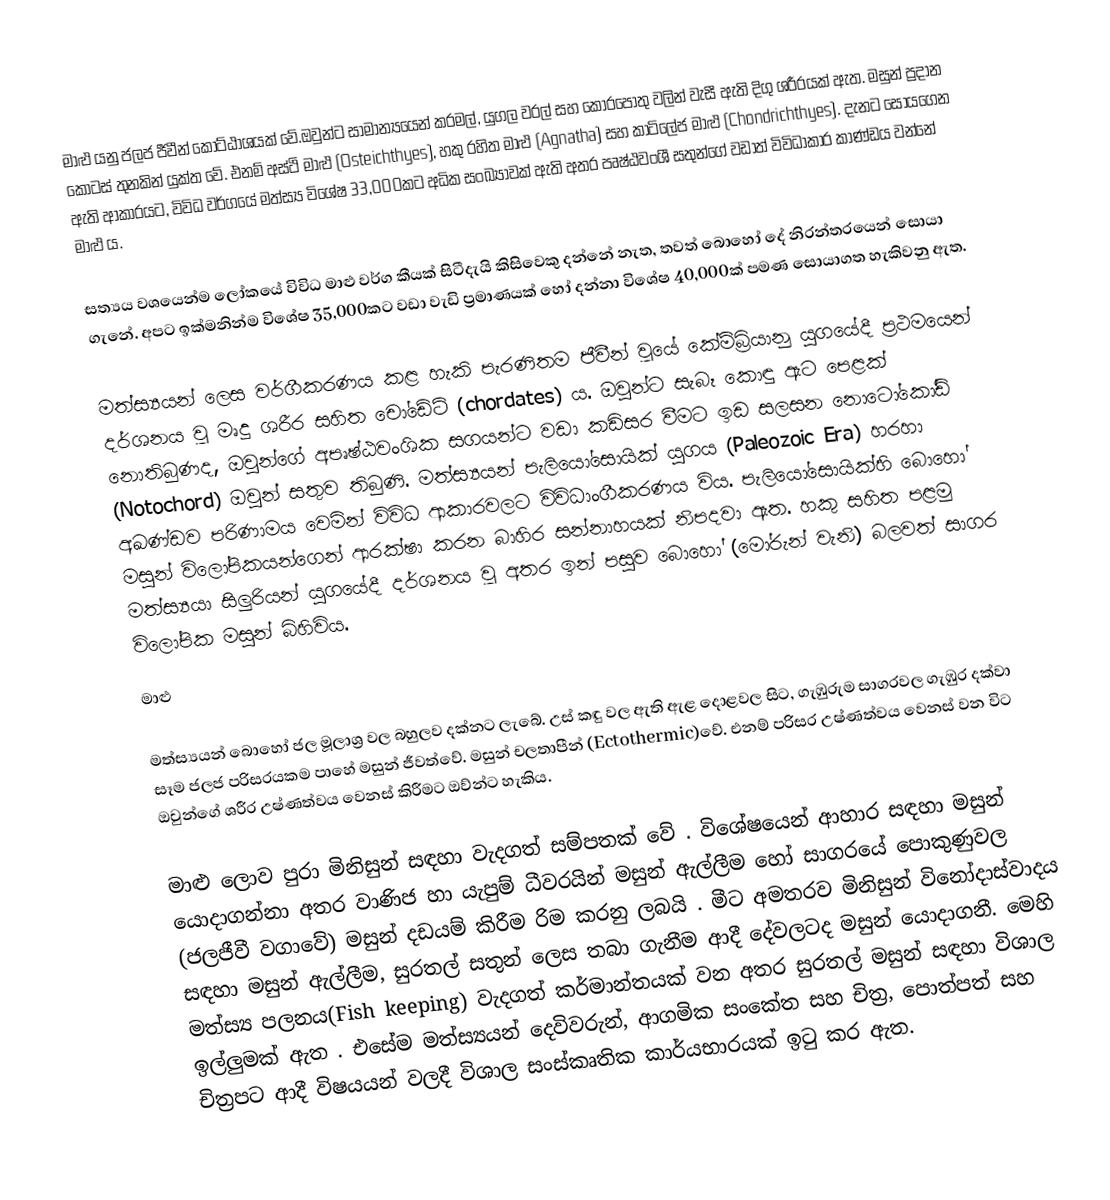
මාළු යනු ජලජ ජීවීන් කොට්ඨාශයක් වේ.ඔවුන්ට සාමාන්‍යයෙන් කරමල්, යුගල වරල් සහ  කොරපොතු වලින් වැසී ඇති දිගු ශරීරයක් ඇත. මසුන් ප්‍රදාන කොටස්  තුනකින් යුක්ත වේ. එනම් අස්ථි මාළු (Osteichthyes), හකු රහිත මාළු (Agnatha) සහ කාටිලේජ මාළු (Chondrichthyes). දැනට සොයගෙන ඇති ආකාරයට, විවිධ වර්ගයේ මත්ස්‍ය විශේෂ 33,000කට අධික සංඛ්‍යාවක් ඇති අතර පෘෂ්ඨවංශී සතුන්ගේ වඩාත් විවිධාකාර කාණ්ඩය වන්නේ මාළු ය.

සත්‍යය වශයෙන්ම ලෝකයේ විවිධ මාළු වර්ග කීයක් සිටීදැයි කිසිවෙකු දන්නේ නැත, තවත් බොහෝ දේ නිරන්තරයෙන් සොයා ගැනේ. අපට ඉක්මනින්ම විශේෂ 35,000කට වඩා වැඩි ප්‍රමාණයක් හෝ දන්නා විශේෂ 40,000ක් පමණ සොයාගත හැකිවනු ඇත.

මත්ස්‍යයන් ලෙස වර්ගීකරණය කළ හැකි පැරණිතම ජීවීන් වූයේ කේම්බ්‍රියානු යුගයේදී ප්‍රථමයෙන් දර්ශනය වූ මෘදු ශරීර සහිත චෝඩේට් (chordates) ය. ඔවුන්ට සැබෑ කොඳු ඇට පෙළක් නොතිබුණද, ඔවුන්ගේ අපෘෂ්ඨවංශික සගයන්ට වඩා කඩිසර වීමට ඉඩ සලසන නොටෝකෝඩ් (Notochord) ඔවුන් සතුව තිබුණි. මත්ස්‍යයන් පැලියෝසොයික් යුගය (Paleozoic Era) හරහා අඛණ්ඩව පරිණාමය වෙමින් විවිධ ආකාරවලට විවිධාංගීකරණය විය. පැලියෝසොයික්හි බොහෝ මසුන් විලෝපිකයන්ගෙන් ආරක්ෂා කරන බාහිර සන්නාහයක් නිපදවා ඇත. හකු සහිත පළමු මත්ස්‍යයා සිලුරියන් යුගයේදී දර්ශනය වූ අතර ඉන් පසුව බොහෝ (මෝරුන් වැනි)  බලවත් සාගර විලෝපික මසුන් බිහිවිය.
මාළු

මත්ස්‍යයන් බොහෝ ජල මූලාශ්‍ර වල බහුලව දක්නට ලැබේ. උස් කඳු වල ඇති ඇළ දොළවල සිට, ගැඹුරුම සාගරවල ගැඹුර දක්වා සෑම ජලජ පරිසරයකම පාහේ මසුන් ජීවත්වේ. මසුන් චලතාපීන් (Ectothermic)වේ. එනම් පරිසර උෂ්ණත්වය වෙනස් වන විට ඔවුන්ගේ ශරීර උෂ්ණත්වය වෙනස් කිරීමට ඔව්න්ට හැකිය.

මාළු ලොව පුරා මිනිසුන් සඳහා වැදගත් සම්පතක් වේ . විශේෂයෙන් ආහාර සඳහා මසුන් යොදාගන්නා අතර වාණිජ හා යැපුම් ධීවරයින් මසුන් ඇල්ලීම හෝ සාගරයේ පොකුණුවල (ජලජීවී වගාවේ) මසුන් දඩයම් කිරීම රිම කරනු ලබයි . මීට අමතරව මිනිසුන් විනෝදාස්වාදය සඳහා මසුන් ඇල්ලීම, සුරතල් සතුන් ලෙස තබා ගැනීම ආදී දේවලටද මසුන් යොදාගනී. මෙහි මත්ස්‍ය පලනය(Fish keeping) වැදගත් කර්මාන්තයක් වන අතර සුරතල් මසුන් සඳහා විශාල ඉල්ලුමක් ඇත . එසේම මත්ස්‍යයන් දෙවිවරුන්, ආගමික සංකේත සහ චිත්‍ර, පොත්පත් සහ චිත්‍රපට ආදී විෂයයන් වලදී  විශාල  සංස්කෘතික කාර්යභාරයක් ඉටු කර ඇත.